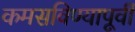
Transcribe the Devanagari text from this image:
कमसविण्यापूर्वी